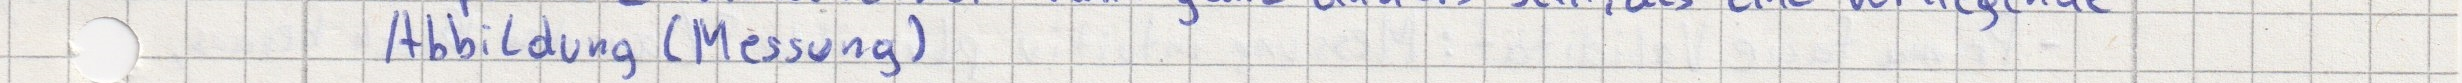
Abbildung (Messung)